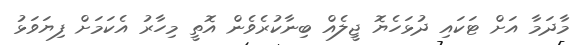
މާދަމާ އަށް ޓަކައި ދުޅަހެޔޮ ޖީލެއް ބިނާކުރެވެން އޮތީ މިހާރު އެކަމަށް ފިޔަވަޅު